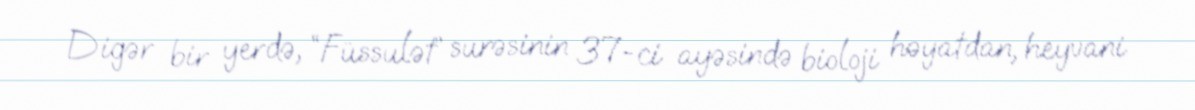
Digər bir yerdə, “Füssulət” surəsinin 37-ci ayəsində bioloji həyatdan, heyvani